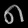
Digit: ၈